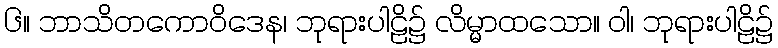
၆။ ဘာသိတကောဝိဒေန၊ ဘုရားပါဠိ၌ လိမ္မာထသော။ ဝါ၊ ဘုရားပါဠိ၌